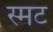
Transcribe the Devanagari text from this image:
स्मट